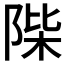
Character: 𨹼